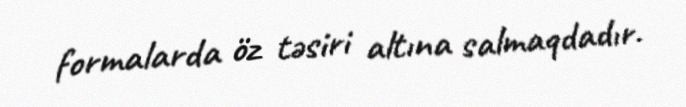
formalarda öz təsiri altına salmaqdadır.